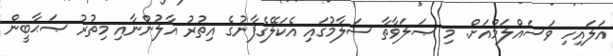
އަލައިހި ވަސައްލަމްއަށް. މި ޞަލަވާތާ ސަލާމުގައި އެކަލޭގެފާނުގެ އިތުރު އާލުންނާއި މިތުރު ޞަޙާބީން